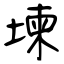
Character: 堜